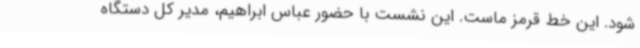
شود. این خط قرمز ماست. این نشست با حضور عباس ابراهیم، مدیر کل دستگاه